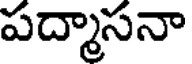
పద్మాసనా